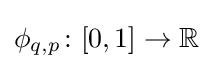
\phi _{q,p}\colon [0,1]\to \mathbb {R}